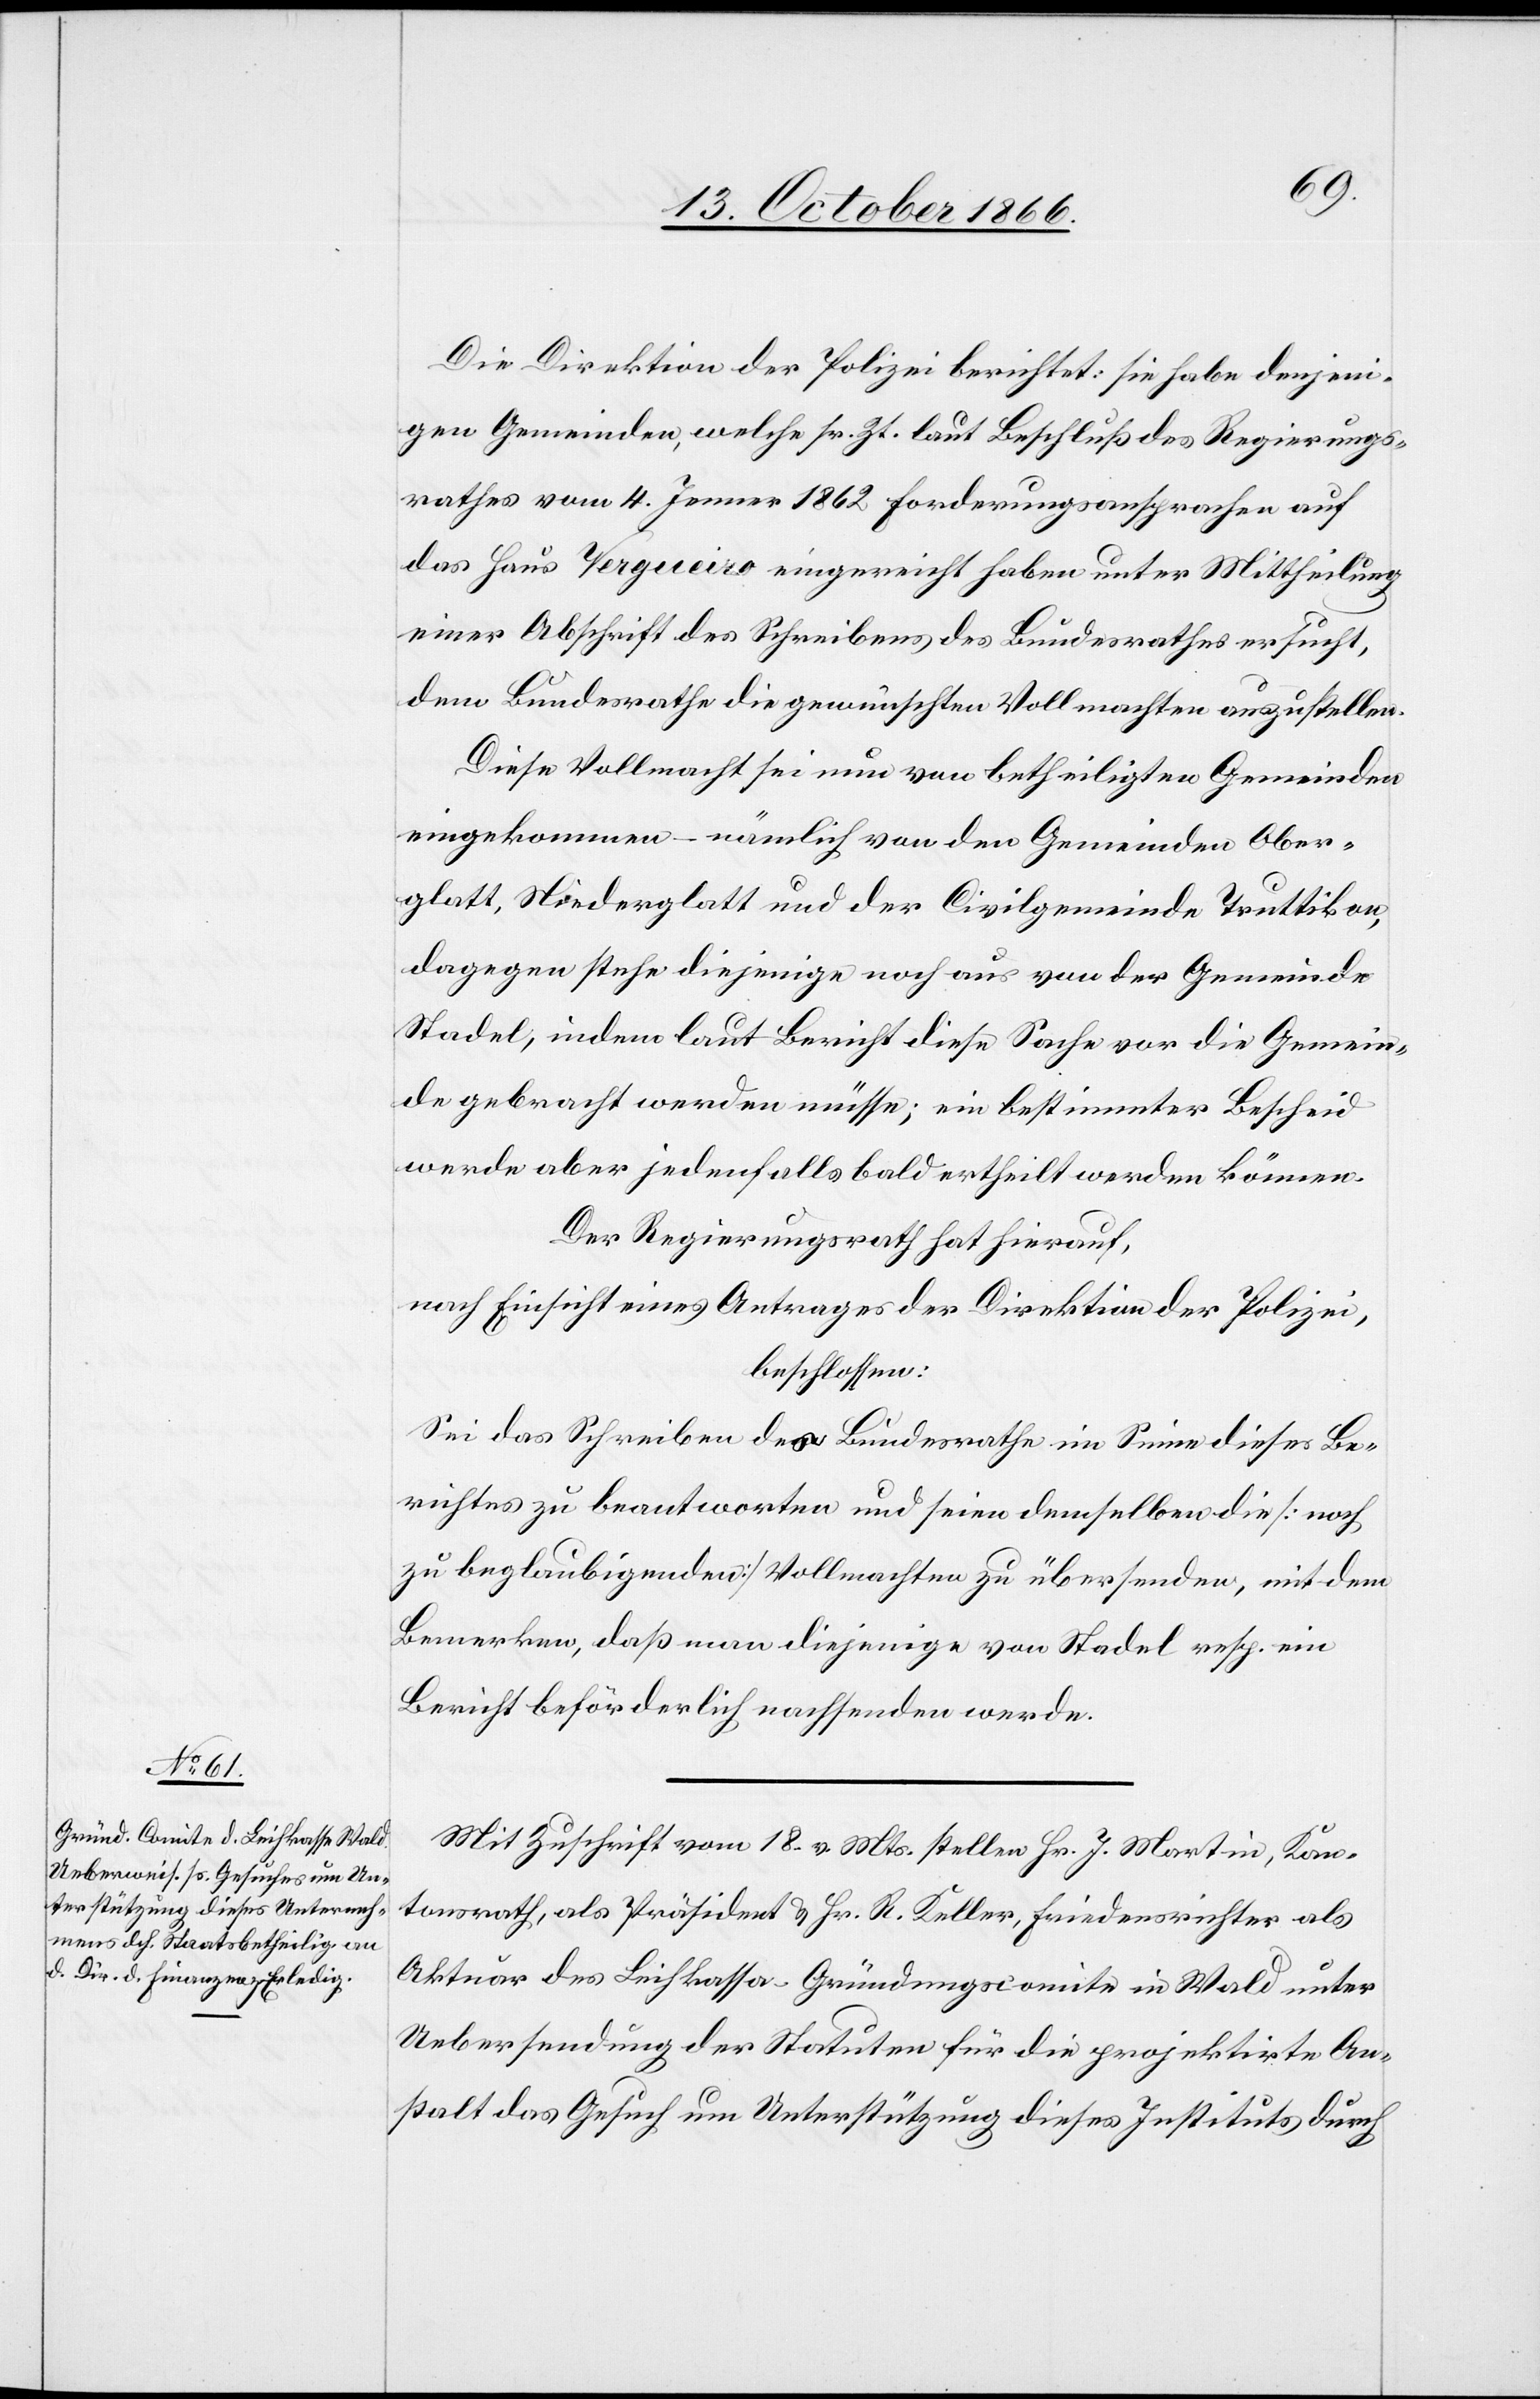
Die Direktion der Polizei berichtet: sie habe denjeni¬
gen Gemeinden, welche sr. Zt. laut Beschluß des Regierungs¬
rathes vom 4. Jenner 1862 Forderungsansprachen auf
das Haus Vergueiro eingereicht haben unter Mittheilung
einer Abschrift des Schreibens des Bundesrathes ersucht,
dem Bundesrathe die gewünschten Vollmachten auszustellen.
Diese Vollmacht sei nun von betheiligten Gemeinden
eingekommen – nämlich von den Gemeinden Ober¬
glatt, Niederglatt und der Civilgemeinde Truttikon,
dagegen stehe diejenige noch aus von der Gemeinde
Stadel, indem laut Bericht diese Sache vor die Gemein¬
de gebracht werden müsse; ein bestimmter Bescheid
werde aber jedenfalls bald ertheilt werden können.
Der Regierungsrath hat hierauf,
nach Einsicht eines Antrages der Direktion der Polizei,
beschlossen:
Sei das Schreiben dem Bundesrathe im Sinne dieses Be¬
richtes zu beantworten und seien demselben die [noch
zu beglaubigenden] Vollmachten zu übersenden, mit dem
Bemerken, daß man diejenige von Stadel resp. ein
Bericht beförderlich nachsenden werde.
Mit Zuschrift vom 18. v. Mts stellen Hr. J. Martin, Kan¬
tonsrath, als Präsident & Hr. R. Keller, Friedensrichter als
Aktuar des Leihkassa-Gründungscomite in Wald unter
Uebersendung der Statuten für die projektirte An¬
stalt das Gesuch um Unterstützung dieses Instituts durch